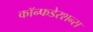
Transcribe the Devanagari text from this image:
कॉन्फडेरशन्स